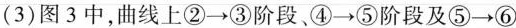
(3)图3中，曲线上②\rightarrow ③阶段、④\rightarrow ⑤阶段及⑤\rightarrow ⑥